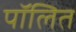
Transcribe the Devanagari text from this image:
पॉलित